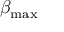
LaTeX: \beta _ { \mathrm { m a x } }